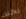
بخير